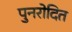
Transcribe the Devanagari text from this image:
पुनरोदित